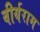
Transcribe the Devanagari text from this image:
वीर्यराम